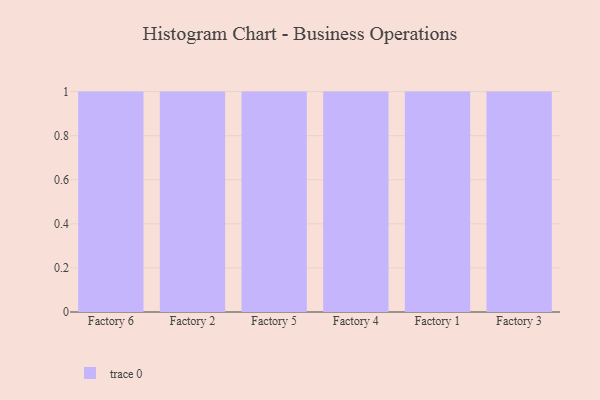
{"axis": {"x": "Factory", "y": "Net Income (USD K)"}, "legend": [""], "data": [{"x": "Factory 6", "y": 81, "type": ""}, {"x": "Factory 2", "y": 10, "type": ""}, {"x": "Factory 5", "y": 35, "type": ""}, {"x": "Factory 4", "y": 66, "type": ""}, {"x": "Factory 1", "y": 33, "type": ""}, {"x": "Factory 3", "y": 1, "type": ""}]}